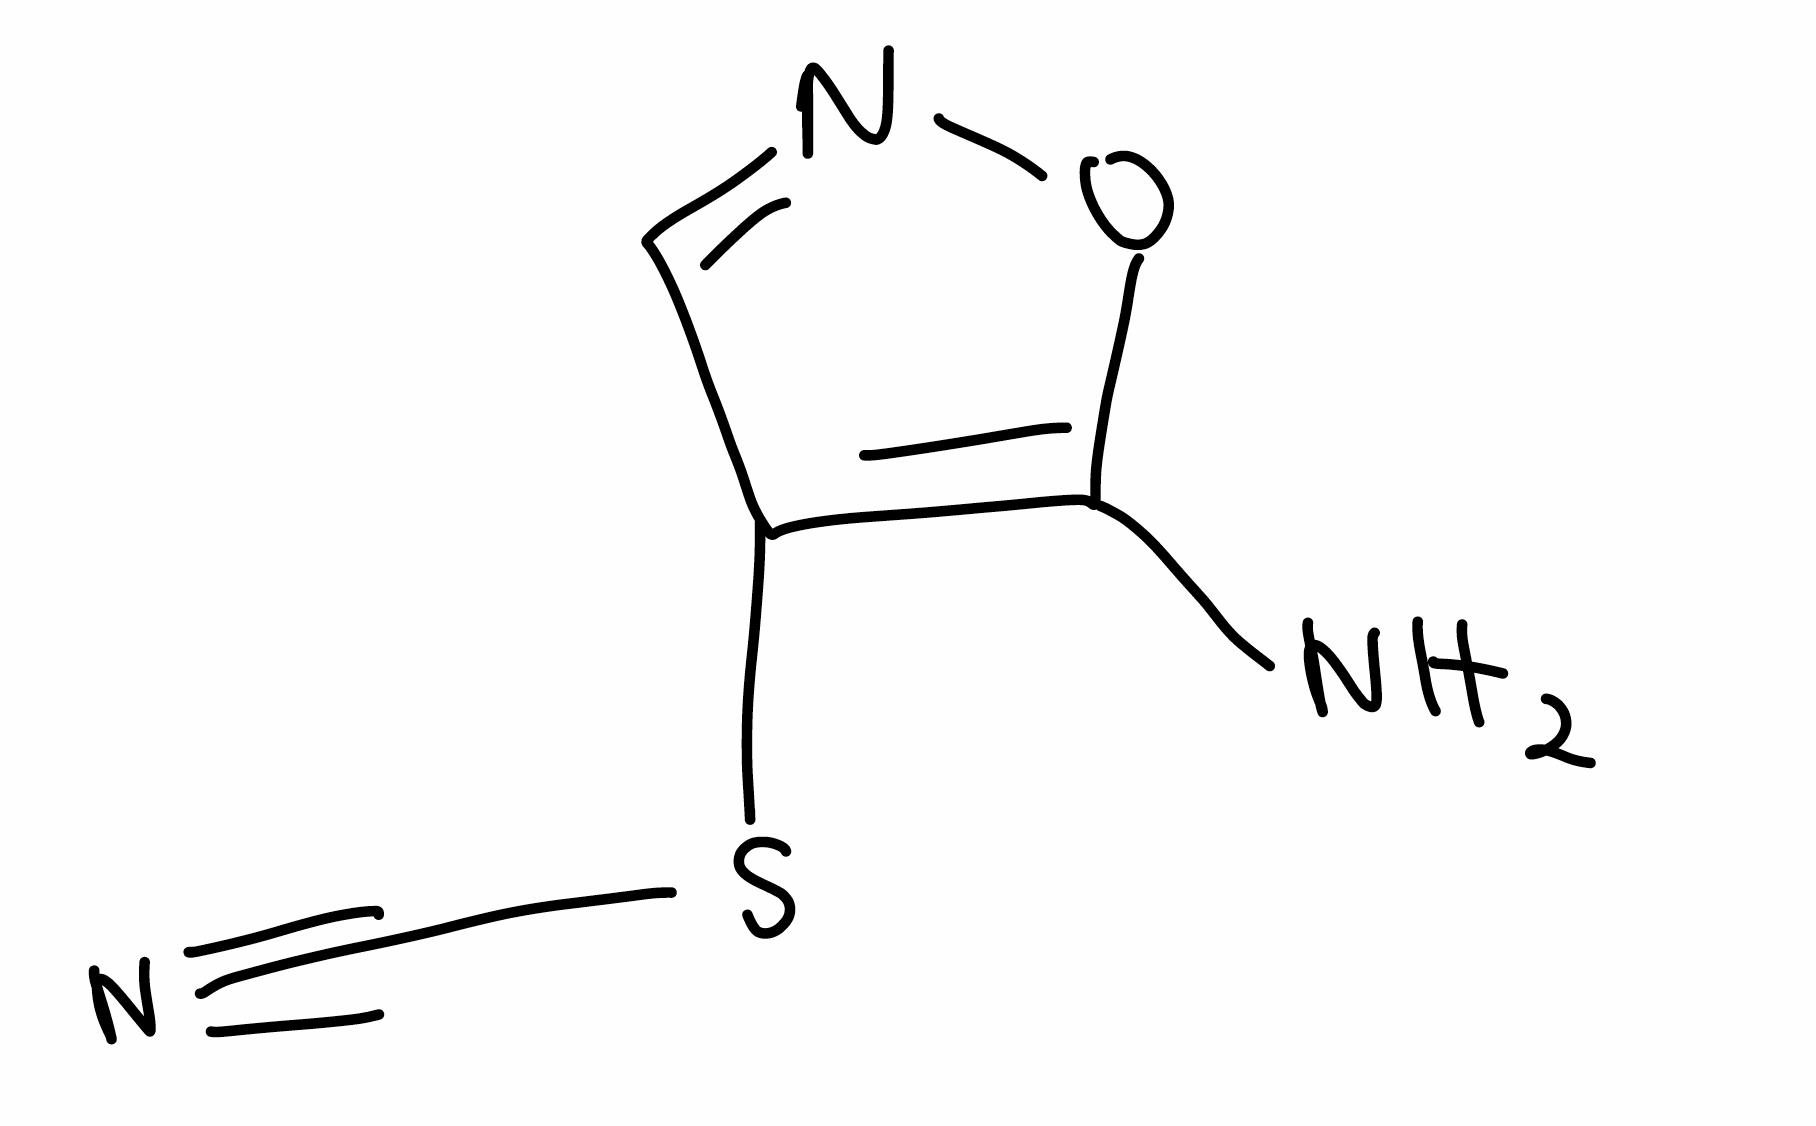
Simplified molecular-input line-entry system (SMILES) notation of the given molecule:
C1=NOC(=C1SC#N)N